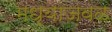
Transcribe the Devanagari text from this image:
मध्याजवळ